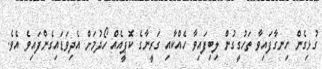
ގުޅިގެން ހިނގާފައިވާ ތަހުގީގުން ލިބިފައިވާ ހެއްކާއި ގަރީނާގެ ކޮޕީއެއް ހޯދުމަށް އެދިވަޑައިގެންފައިވެ އެވެ.